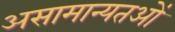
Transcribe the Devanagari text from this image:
असामान्यतओं